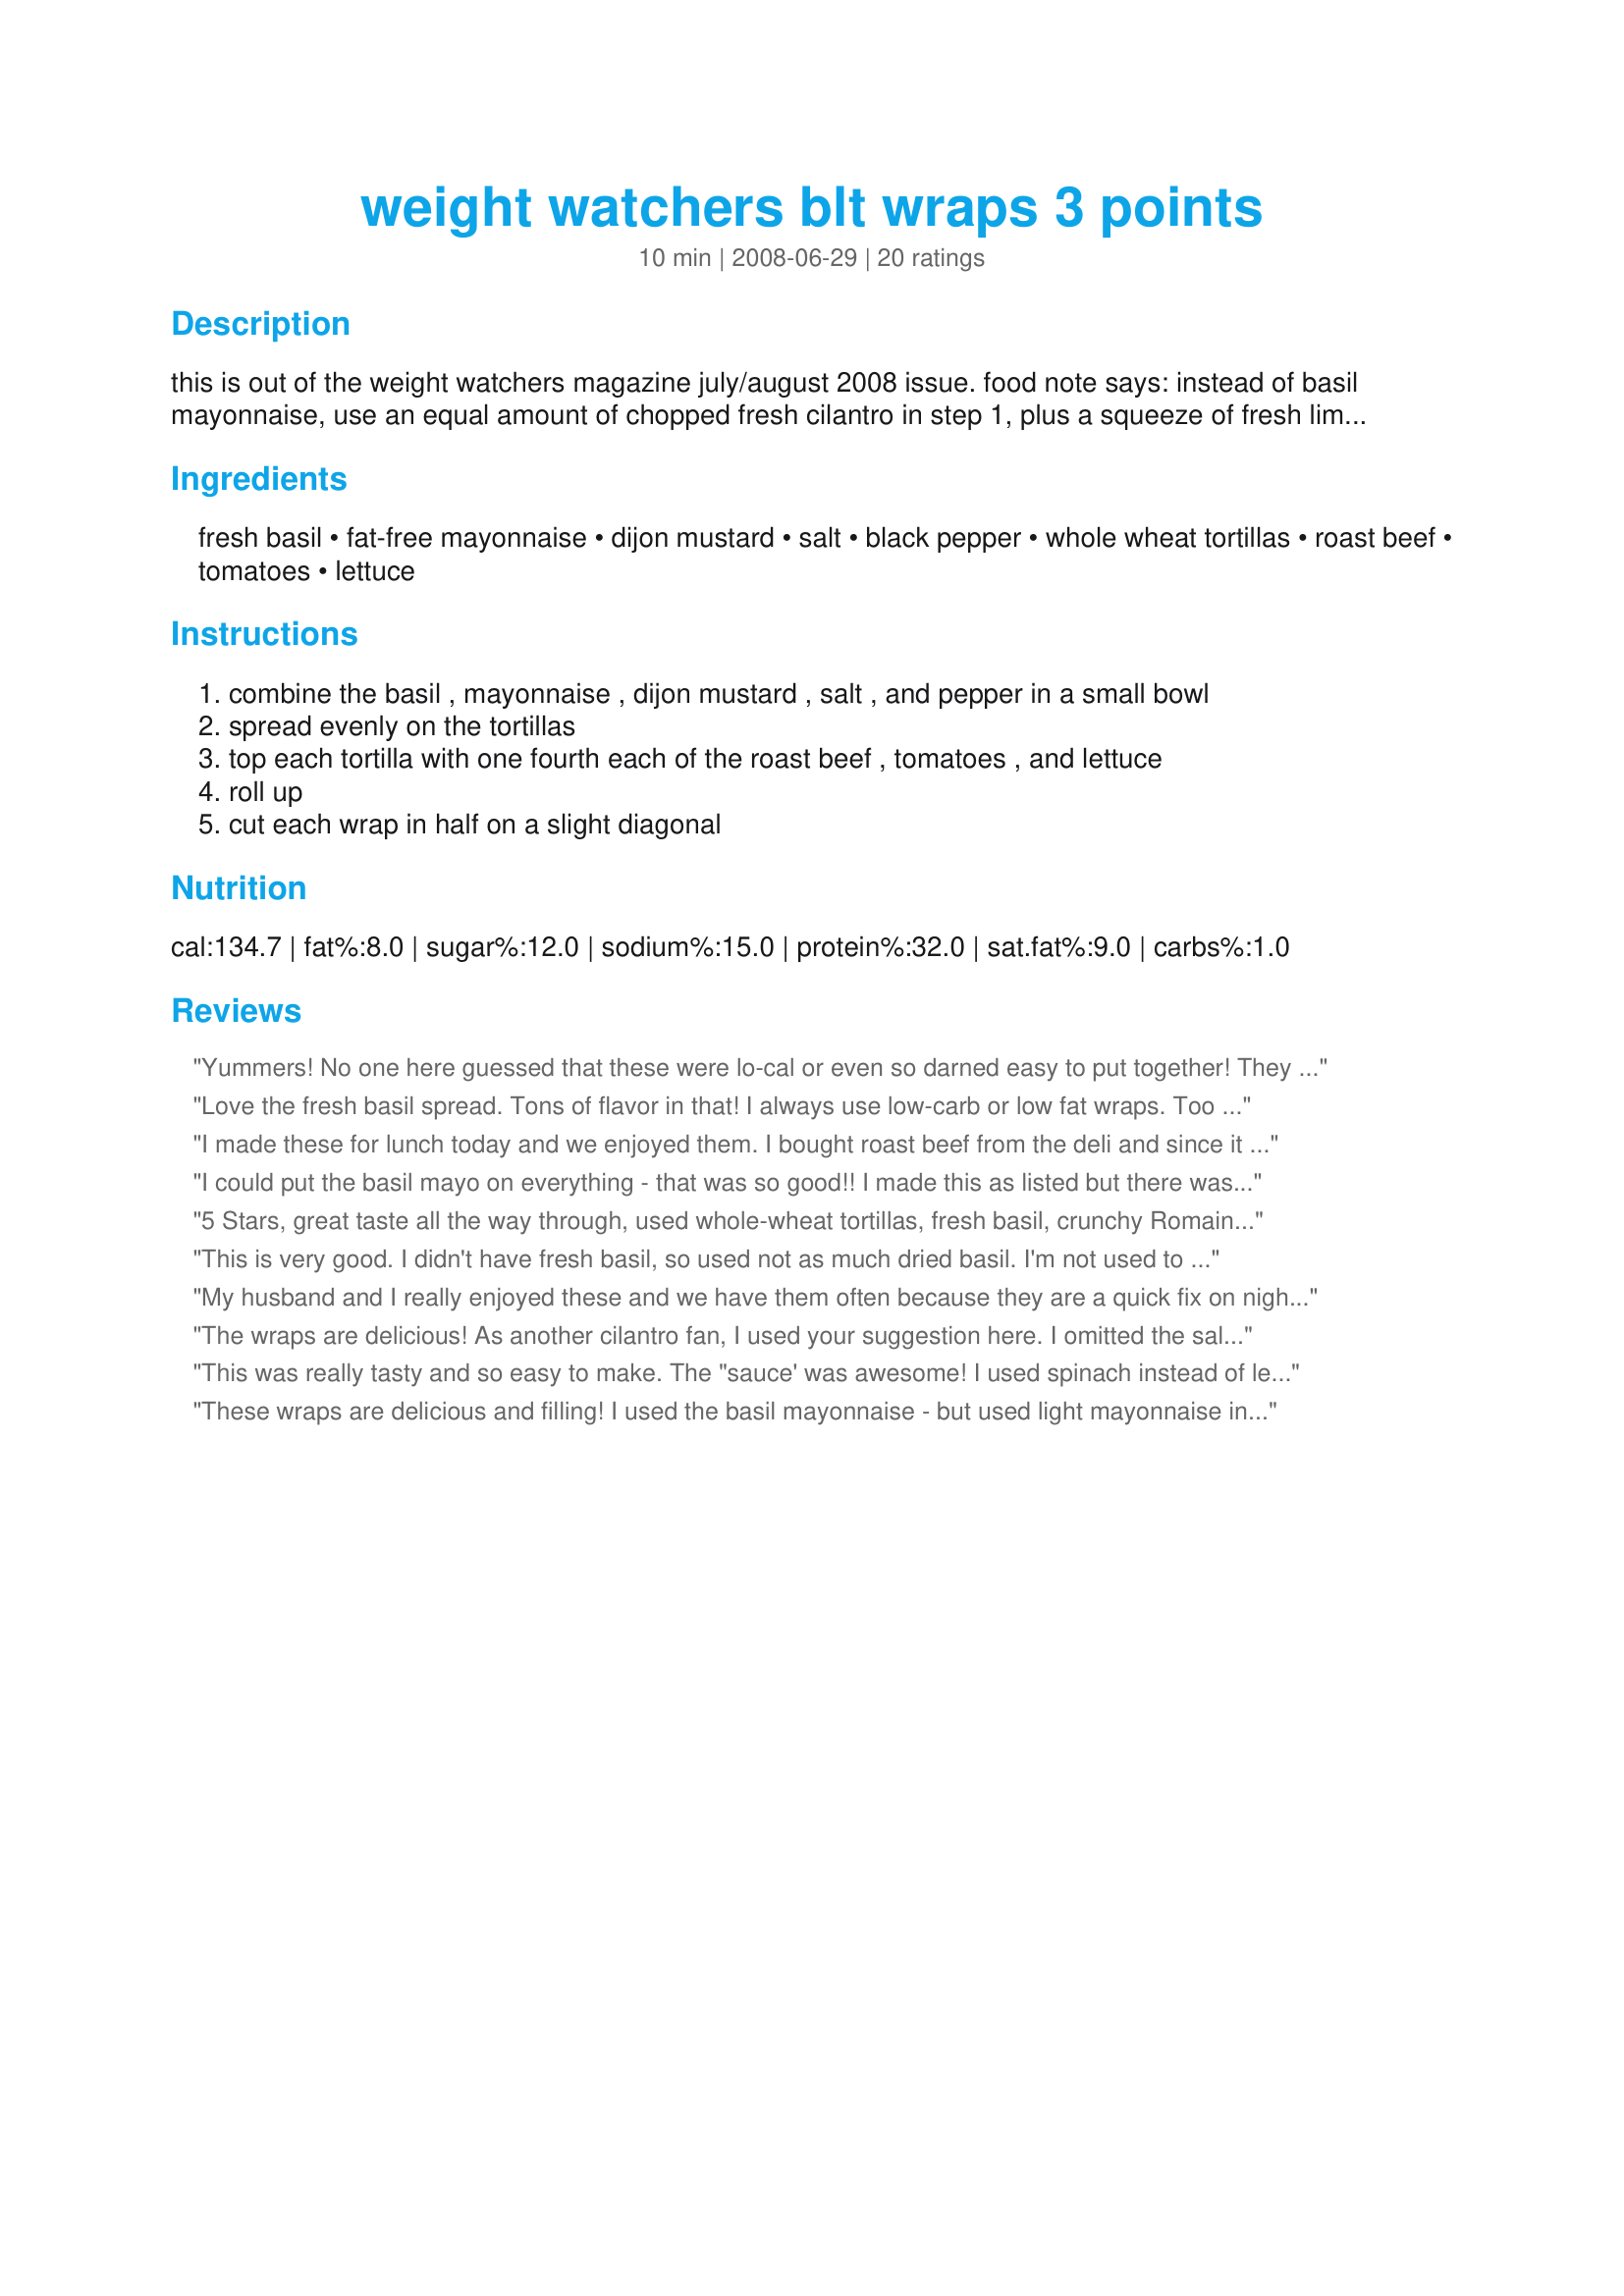
weight watchers blt wraps 3 points
Preparation time: 10 minutes

this is out of the weight watchers magazine july/august 2008 issue. food note says: instead of basil mayonnaise, use an equal amount of chopped fresh cilantro in step 1, plus a squeeze of fresh lime juice. i love cilantro so this is the way i make them.

Ingredients:
fresh basil, fat-free mayonnaise, dijon mustard, salt, black pepper, whole wheat tortillas, roast beef, tomatoes, lettuce

Steps:
combine the basil , mayonnaise , dijon mustard , salt , and pepper in a small bowl
spread evenly on the tortillas
top each tortilla with one fourth each of the roast beef , tomatoes , and lettuce
roll up
cut each wrap in half on a slight diagonal

Reviews:
Yummers! No one here guessed that these were lo-cal or even so darned easy to put together! They were very pretty served on a plate with fresh fruit...the perfect quick, summertime meal. I'll be enjoying these for lunches too when school starts. 
Thanks Teresa! MERP'd for 123 Hit Wonders and Healthy Choices.
Love the fresh basil spread. Tons of flavor in that! I always use low-carb or low fat wraps. Too many calories and fat in regular tortillas. A very satisfying lunch!
I made these for lunch today and we enjoyed them. I bought roast beef from the deli and since it tends to be saltier than home-cooked I omitted the salt; we didn&#039;t miss it. I thought the proportion of fresh basil to mayonnaise might be excessive but used the amount as written and it turned out very nicely and was quite flavorful. We are always looking to increase the fiber in our diet so I used low-carb/high-fiber whole wheat tortillas. Thank you for sharing, I will make these again.
I could put the basil mayo on everything - that was so good!! I made this as listed but there was no way that I could wrap the 7&quot; tortilla around all of the yummy fillings. It was still easy enough to eat but even if it wasn&#039;t, I would have enjoyed it anyway. Made for PRMR. Thanks TeresaS! :)
5 Stars, great taste all the way through, used whole-wheat tortillas, fresh basil, crunchy Romaine, Dietz & Watson Angus Roast Beef and Campari tomatoes (our tomato season hasn't hit quite yet). Made for 1-2-3 Hit Wonders.
This is very good. I didn't have fresh basil, so used not as much dried basil. I'm not used to eating roast beef lunch meat anymore, not really one of my favorites, but this was so good I ate the whole thing. :) Thanks for posting. Made for Potluck Tag.
My husband and I really enjoyed these and we have them often because they are a quick fix on nights that I have meetings and he has class--and we stay within our points for the day.
The wraps are delicious! As another cilantro fan, I used your suggestion here. I omitted the salt. I made these early in the day and wrapped tightly with plastic wrap. They were perfect for lunch and the veggies still crisp. Thank you for sharing the recipe! Made for Spring 2012 Pick A Chef.
This was really tasty and so easy to make. The "sauce' was awesome! I used spinach instead of lettuce and fresh cracked pepper - yum ! And I had to make extra for DH to take for lunch {he liked this so much}. Thanks TeresaS for another winning recipe - made for Spring PAC 2012!
These wraps are delicious and filling! I used the basil mayonnaise - but used light mayonnaise instead of the fat-free. Tomorrow I'm going to have it with turkey and Alpine lace cheese (adding one point). Next time I'll try with cilantro. I'm making these all week long for my lunches this week -- thanks for sharing this winning lunch!
I made this a couple of weeks ago, but forgot to rate this! I actually had never had roast beef before, but after having this, I'll definitely be eating it more! Hubby said the basil was too much, I thought it was great. Thanks for sharing!
Made as directed except for omitting the salt and using reduced-fat mayo. This is an excellent flavor. I love the basil!
Made for Zaar Stars Tag Game.
Oh these were good! Loved the dressing, especially the basil flavor. I used whole wheat low-fat wraps instead of tortillas, otherwise made as directed. Really enjoyed these wraps - thanks for posting the recipe!
Teresa, these ae so good and so somple. We really enjoyed these healthy wraps yesterday. Made exactly as stated and served with soem spinach soup. Thanks Teresa, for an easy and yummy way to watch the calories.
Excellent. So tasty and filling.
Thought I had some tortillas... but didn't - so used from French bread instead! Not very WW because of the bread but the mix was delicious!! Loved the basil, mayo and mustard!! Mmmmmm! Thanks Teresa! :)
Mmmmm.....so good! Easy and satisfying - thanks for posting! I used whole wheat tortillas and spinach instead of lettuce! Made for Potluck tag Feb 2009.
Delicious! I used the basil/mayo option, and really enjoyed this. I used spinach instead of lettuce since that was what I had at the time. Can't wait to try this with the cilantro/lime version as well. This was quick and easy enough for me to put together on my lunch break and still grab a pic. Thanks for sharing a wonderful recipe! Made for Zaar Stars tag game.
Great lunch !! I did use regular floured tortillas and left out the salt. We especially liked the dressing on these, as this made for a nice quickie lunch. Great use for the veggies, including some from my garden. 5 stars !!! Made for Zaar Stars.
This is one of these recipes where it should add up to 2+2 + 4 but the sum turns out to be 6. It is a simple recipe but so very delicious.I used the cilantro/lime version and it was just SOOO good. Thank so much for sharing. Made for PRMR.
